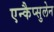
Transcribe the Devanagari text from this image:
एन्कैप्सुलेन